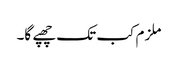
ملزم کب تک چھپے گا۔